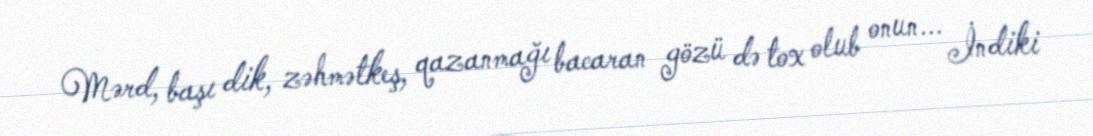
Mərd, başı dik, zəhmətkeş, qazanmağı bacaran gözü də tox olub onun... İndiki